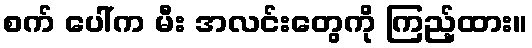
စက် ပေါ်က မီး အလင်းတွေကို ကြည့်ထား။